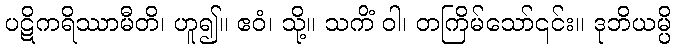
ပဋိကရိဿာမီတိ၊ ဟူ၍။ ဧဝံ၊ သို့။ သကိံ ဝါ၊ တကြိမ်သော်၎င်း။ ဒုဘိယမ္ပိ